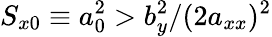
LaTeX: S_{x0}\equiv a_{0}^{2}>b_{y}^{2}/(2a_{xx})^{2}